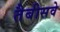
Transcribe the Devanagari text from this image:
तैबीसवे